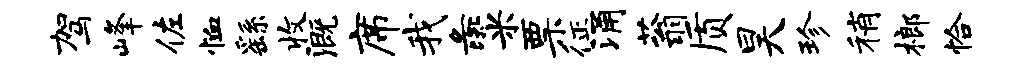
驾峰佐恤繇收溉席我彘米票征涌蓊质昊珍稍榔恰